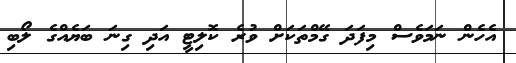
އެހެން ނަމަވެސް މިފަދަ ގޭމްތަކަށް ވުރެ ކޮލިޓީ އަދި ގިނަ ބަޔެއްގެ ލޯބި